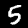
Label: 5